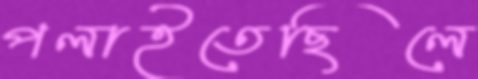
পলাইতেছিলে